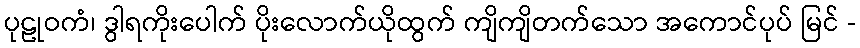
ပုဠုဝကံ၊ ဒွါရကိုးပေါက် ပိုးလောက်ယိုထွက် ကျိကျိတက်သော အကောင်ပုပ် မြင် -